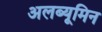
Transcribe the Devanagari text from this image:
अलब्यूमिन